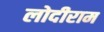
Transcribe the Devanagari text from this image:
लोदीराम